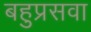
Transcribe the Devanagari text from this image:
बहुप्रसवा